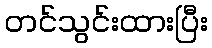
တင်သွင်းထားပြီး